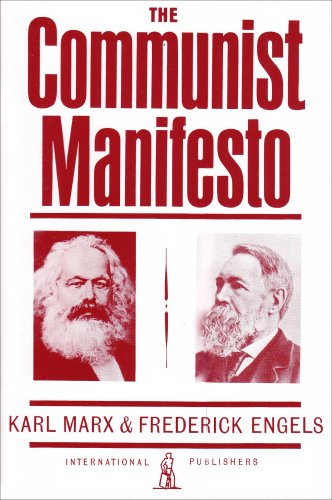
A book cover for The Communist Manifesto; Karl Marx; Business & Money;